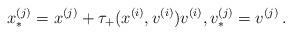
LaTeX: \begin{align*} x_*^{(j)} = x^{(j)} + \tau_+(x^{(i)}, v^{(i)}) v^{(i)}, v_*^{(j)} = v^{(j)} \,.\end{align*}